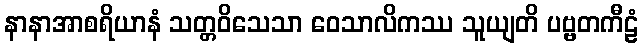
နာနာအာစရိယာနံ သတ္တဝိသေသာ ဝေသာလိကဿ သူယျတိ ပဗ္ဗတကီဠံ